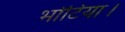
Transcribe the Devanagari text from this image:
भोटिया।